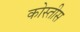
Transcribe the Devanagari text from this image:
कोस्तीस